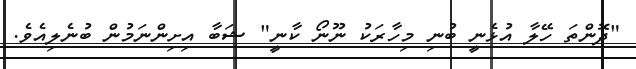
"ދޮންތަ ހޭލާ އުޅެނީ ބުނި މިހާރަކު ނޫނޯ ކާނީ" ޝަބާ އިށިންނަމުން ބުނެލިއެވެ.